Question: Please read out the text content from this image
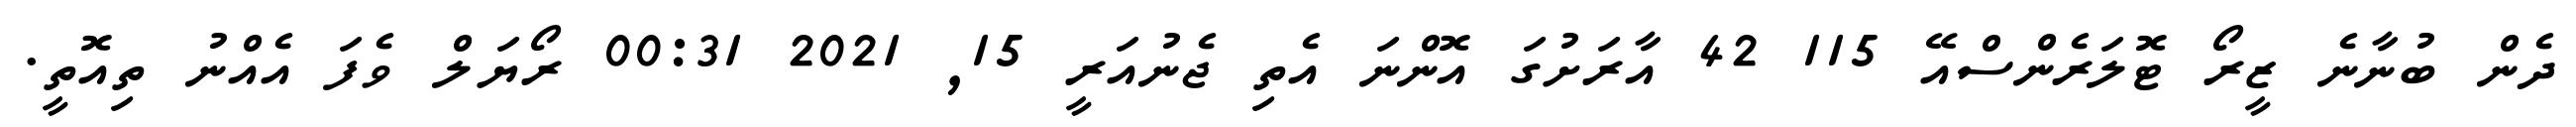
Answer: ދެން ބުނާނެ ޒީރޯ ޓޮލަރެންސްއޭ 115 42 އާރަށުގަ އޮންނަ އެތި ޖެނުއަރީ 15, 2021 00:31 ރޯޔަލް ވެފަ އެއްނު ތިއޮތީ.